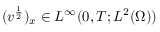
( v ^ { \frac { 1 } { 2 } } ) _ { x } \in L ^ { \infty } ( 0 , T ; L ^ { 2 } ( \Omega ) )